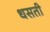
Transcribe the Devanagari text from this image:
धसती